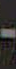
-